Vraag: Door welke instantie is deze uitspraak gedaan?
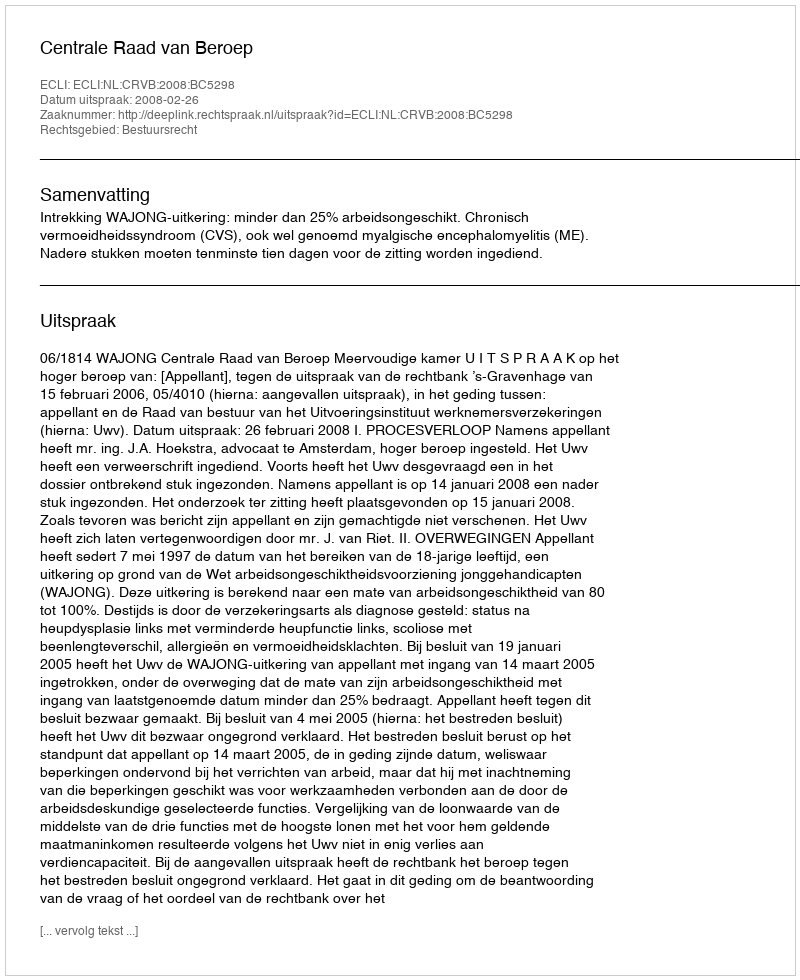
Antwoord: Centrale Raad van Beroep